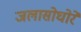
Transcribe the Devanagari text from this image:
जलासोघोरे